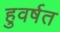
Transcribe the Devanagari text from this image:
हुवर्षत